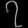
Digit: ၇